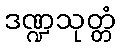
ဒဏ္ဍသုတ္တံ